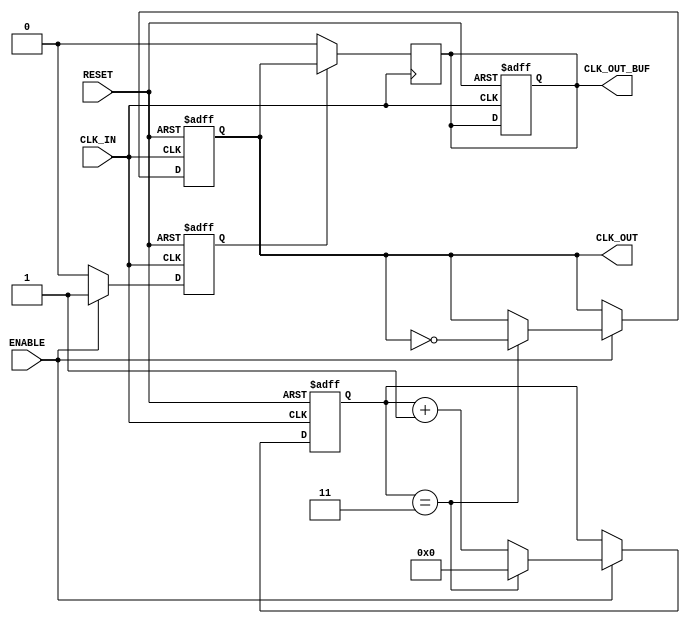
module ClockDividerBuffer #(
    parameter N = 4 // Division factor, can be configured
)(
    input wire CLK_IN,        // High-frequency input clock
    input wire RESET,         // Active high reset signal
    input wire ENABLE,        // Enable signal to control output
    output reg CLK_OUT,       // Divided clock output
    output reg CLK_OUT_BUF    // Buffered clock output
);

    reg [31:0] counter; // Counter to track clock cycles
    reg clk_out_en;     // Internal enable for clock output

    // Reset and operation control
    always @(posedge CLK_IN or posedge RESET) begin
        if (RESET) begin
            counter <= 0;
            CLK_OUT <= 0;
            CLK_OUT_BUF <= 0;
            clk_out_en <= 0;
        end else if (ENABLE) begin
            clk_out_en <= 1;
            // Increment the counter
            if (counter == (N - 1)) begin
                counter <= 0;
                CLK_OUT <= ~CLK_OUT; // Toggle the divided clock output
            end else begin
                counter <= counter + 1;
            end
        end else begin
            clk_out_en <= 0;
        end
    end

    // Buffering logic for the CLK_OUT signal
    always @(posedge CLK_IN) begin
        if (clk_out_en) begin
            CLK_OUT_BUF <= CLK_OUT; // Buffered output follows divided clock output
        end else begin
            CLK_OUT_BUF <= 0; // Output is low when disabled
        end
    end

endmodule